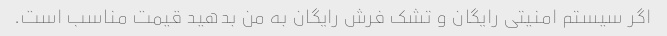
اگر سیستم امنیتی رایگان و تشک فرش رایگان به من بدهید قیمت مناسب است.